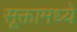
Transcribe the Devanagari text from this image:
सूक्तामध्ये